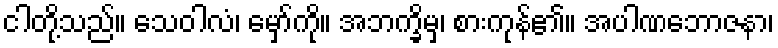
ငါတို့သည်။ သေဝါလံ၊ မှော်ကို။ အဘက္ခိမှ၊ စားကုန်၏။ အပါဏဘောဇနာ၊